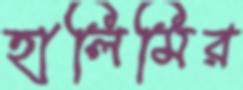
হালিমির